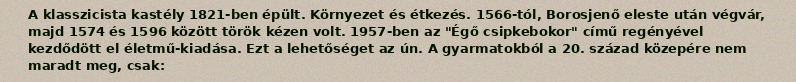
A klasszicista kastély 1821-ben épült. Környezet és étkezés. 1566-tól, Borosjenő eleste után végvár, majd 1574 és 1596 között török kézen volt. 1957-ben az "Égő csipkebokor" című regényével kezdődött el életmű-kiadása. Ezt a lehetőséget az ún. A gyarmatokból a 20. század közepére nem maradt meg, csak: